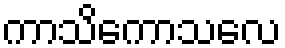
ကာသိကောသလေ